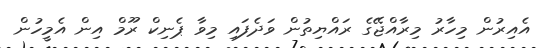
އެއިރުން މިހާރު މިރާއްޖޭގެ ރައްޔިތުން ވަދެފައި މިވާ ޕެނިކް ރޫމް އިން އެމީހުން